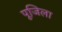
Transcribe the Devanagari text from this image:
पूजिला